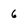
Character: 6